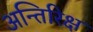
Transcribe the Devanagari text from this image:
अन्तिरिक्ष